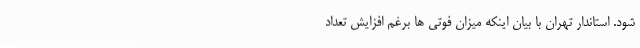
شود. استاندار تهران با بیان اینکه میزان فوتی ها برغم افزایش تعداد